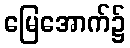
မြေအောက်၌